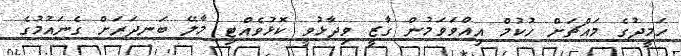
ހަމީދުގެ މައްޗަށް ހުކުމް އިއްވަވަމުން ގާޒީ ވިދާޅުވީ ކޮޅުވެއްޓި މާލޭ ބަނދަރަށް ގެނައުމުގެ